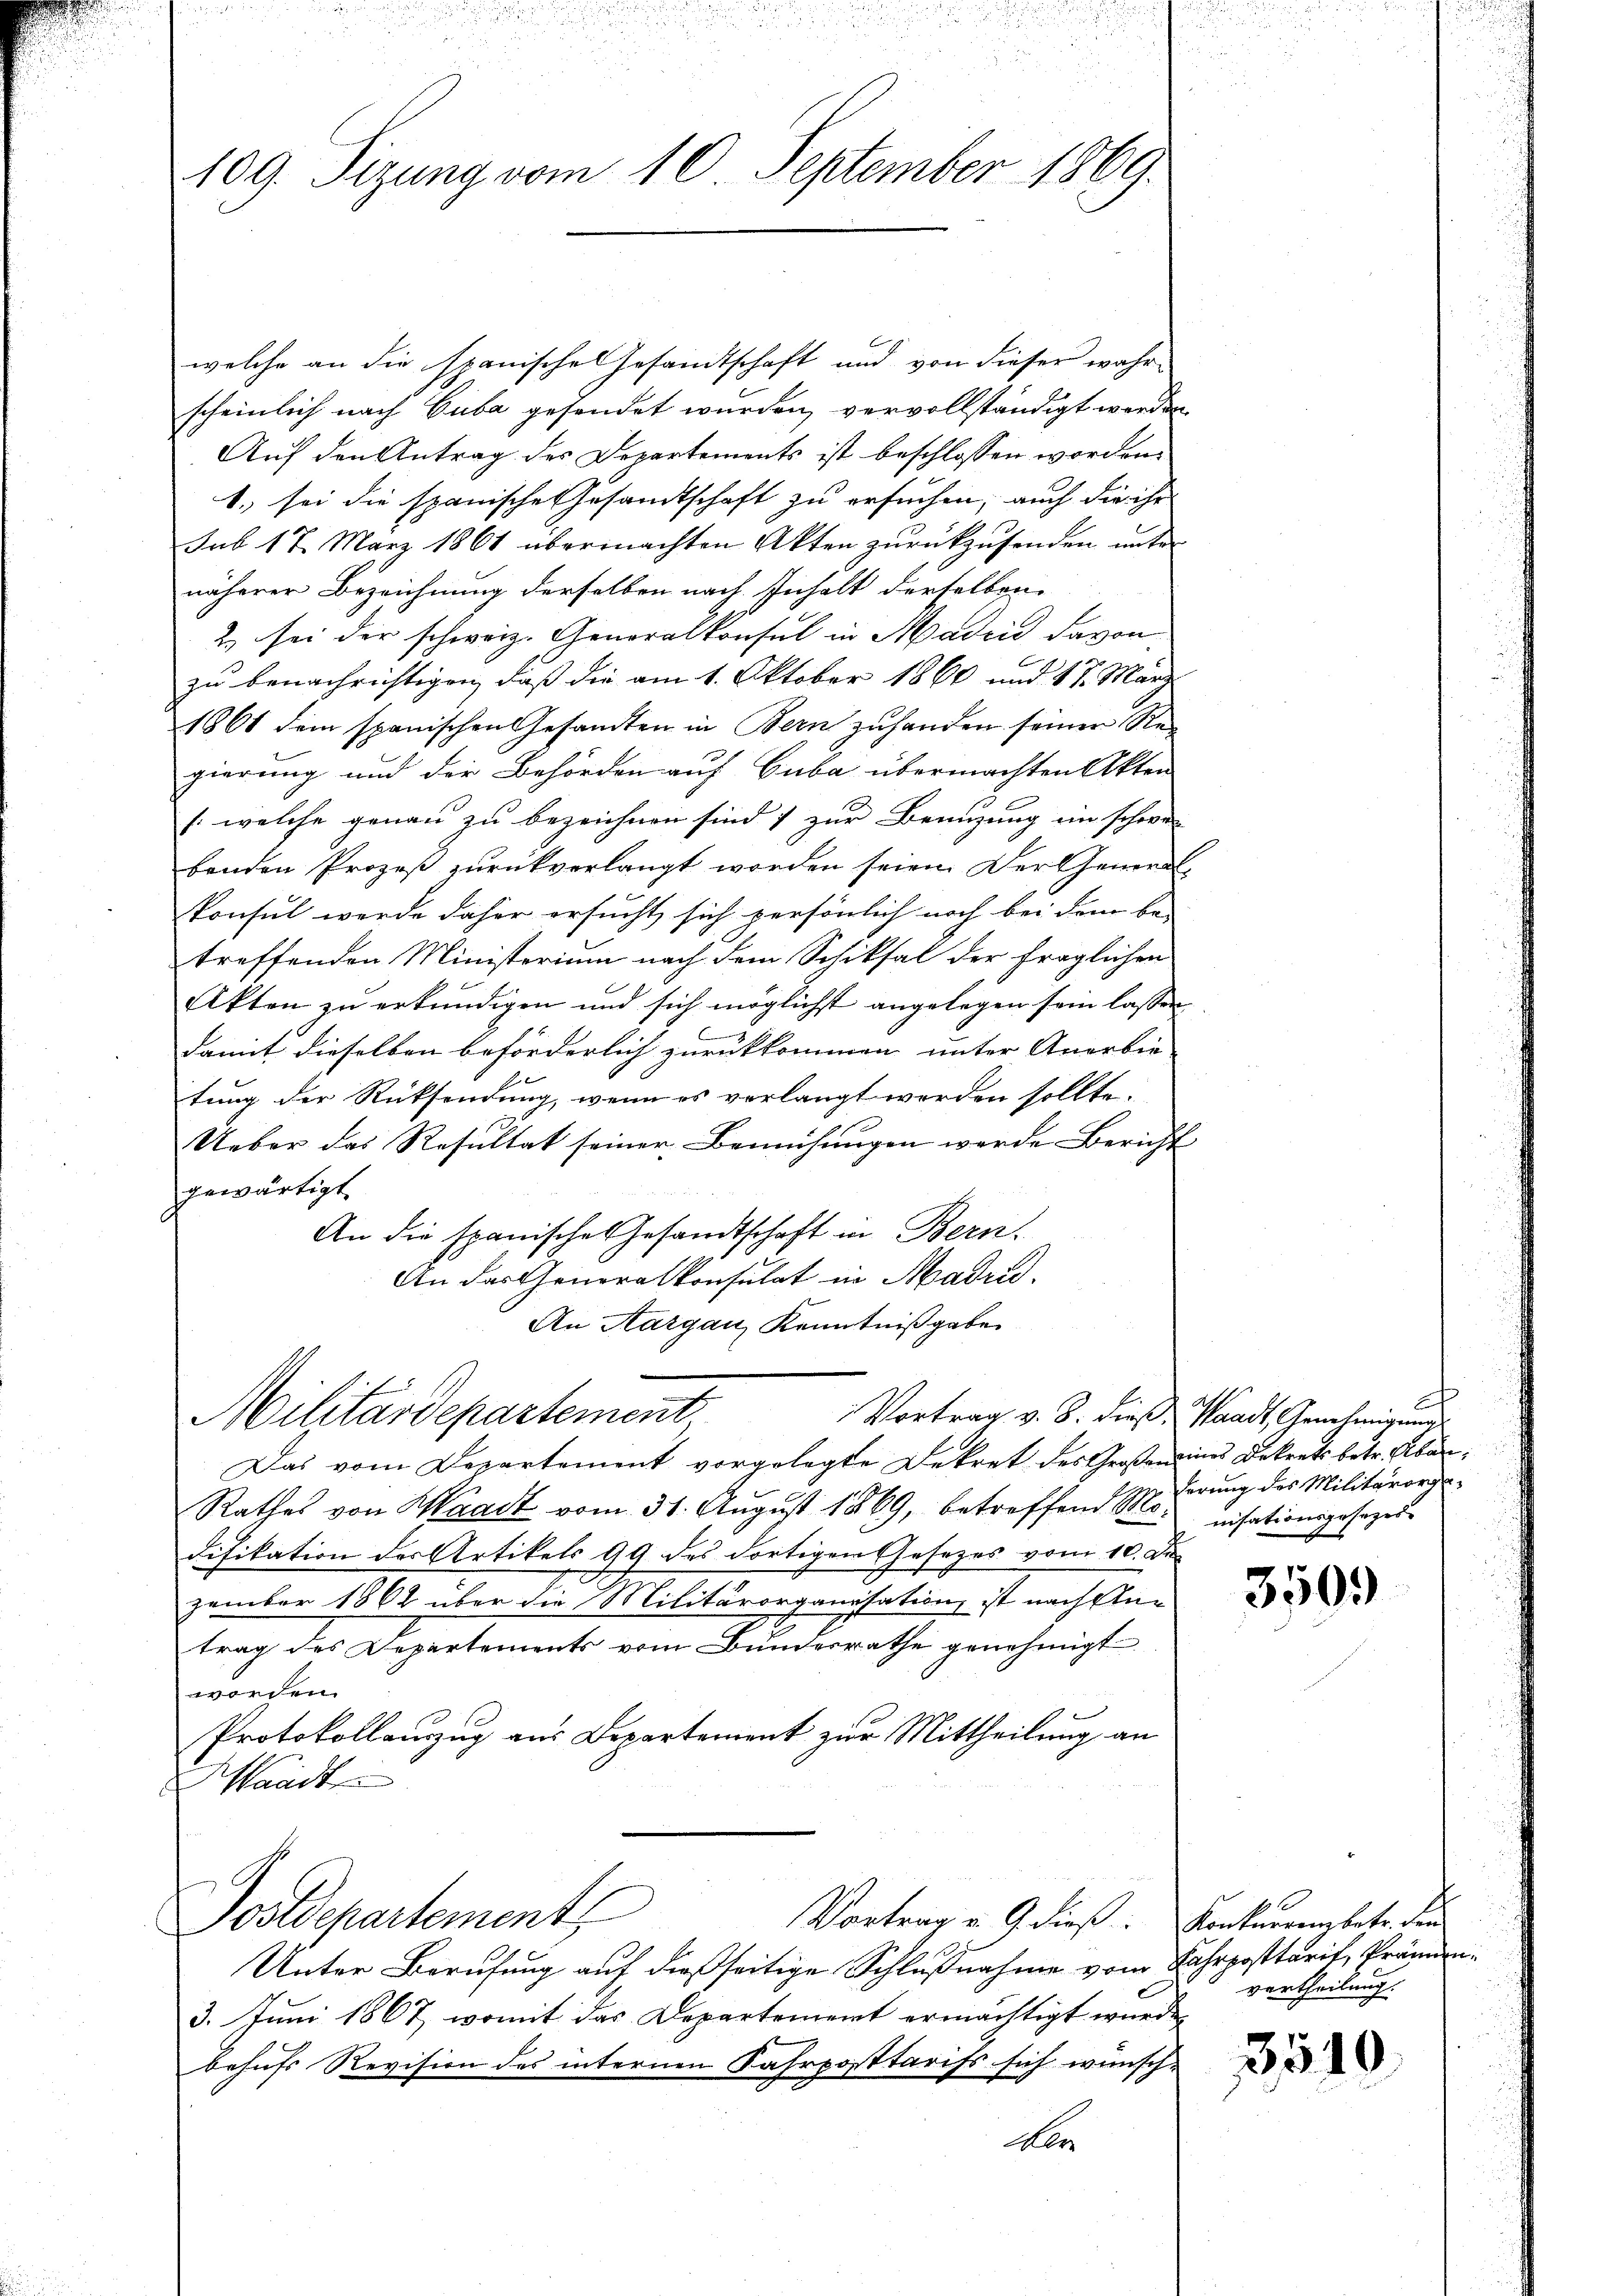
109. Sizung vom 10. September 1869.

welche an die spanische Gesandtschaft und von dieser wahr-
scheinlich nach Guba gesondet wurden, vervollständigt werden.
Auf den Antrag des Departements ist beschlossen worden.
1. sei die spanische Gesandtschaft zu ersuchen, auch die ihr
sub 17. März 1861 übermachten Akten zurückzusenden unter
näherer Bezeichnung derselben nach Inhalt derselben
2 sei der schweiz. Generalkonsul in Madrid davon
zu benachrichtigen, daß die am 1. Oktober 1860 und 17. März
1861 dem spanischen Gesamten in Bern zuhanden seiner Regierung und der Behörden auf Cuba übermachten Akten
/: welche genau zu bezeichnen sind; zur Benuzung im schwer
benden Prozeß zurückverlangt worden seien. Der General-
konsul werde daher ersucht sich persönlich noch bei dem be-
treffenden Ministerium nach dem Schiksal der fraglichen
Akten zu erkundigen und sich möglichst angelegen sein lassen
C
Damit dieselben beförderlich zurückkommen unter Anerbie- |
tung der Rücksendung, wenn es vorlangt werden sollte.
Ueber das Resultat seiner Bemühungen werde Bericht |
gewärtigt
An die spanische Gesandtschaft in Bern.
An das Generalkonsulat in Madrid.
An Aargau, Kenntnißgaben
Vortrag v. 8. dieß, Waadt, Genehmigung
Militärdepartement
Das vom Departement vorgelegte Dekret des Großemines Dekrets betr. Abän¬
Rathes von Waadt vom 31. August 1869, betreffend Mo-nisationsgesezes-
difikation der Artikels 99 des dortigen Gesezes vom 10. De
zember 1862 über die Militärorganisation, ist nach An-
trag des Departements vom Bundesrathe genehmigt
worden.
Protokollauszug aus Departement zur Mittheilung an
Waadt
ostdepartement
Vortrag v. 9. dieß: Konkurrenzbetr. den
Unter Berufung auf dießseitige Schlußnahme vom Fahrposttarif, Prämien¬
3. Juni 1867, womit das Departement ermächtigt wurde,
behufs Revision des internen Fahrposttarifs sich wünsch-
A

E
derung des Militärorg

3509)

vertheilung.

3510